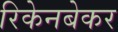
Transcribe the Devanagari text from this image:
रिकेनबेकर